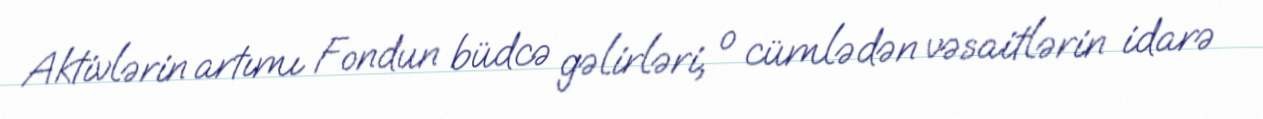
Aktivlərin artımı Fondun büdcə gəlirləri, o cümlədən vəsaitlərin idarə